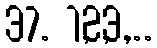
37. 1,2,3,...